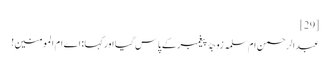
[29]
عبدالرحمن ام‌سلمہ زوجۂ پیغمبر کے پاس گیا اور کہا:‌ اے ام المومنین!